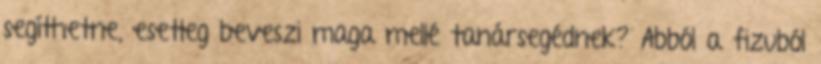
segíthetne, esetleg beveszi maga mellé tanársegédnek? Abból a fizuból